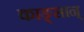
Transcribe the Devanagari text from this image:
काङ्सान्